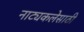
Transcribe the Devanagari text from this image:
नाट्यकलेसाठी